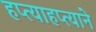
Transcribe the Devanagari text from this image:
हप्त्याहप्त्याने